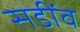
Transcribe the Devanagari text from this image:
सडींव